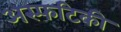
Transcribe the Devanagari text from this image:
अस्फटिकी